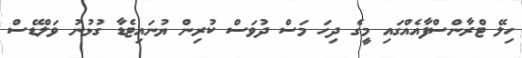
ހިލޭ ޓްރާންސްފާއެއްގައި މީގެ ދިހަ މަސް ދުވަސް ކުރިން ޔުނައިޓެޑާ ގުޅުނު ވަލްޑޭސް